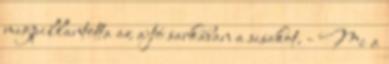
megpillantotta az ajtó sarkában a sisakot. - Mi a